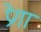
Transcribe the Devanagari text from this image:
प्रेगा